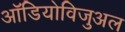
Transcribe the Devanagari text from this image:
ऑडियोविजुअल